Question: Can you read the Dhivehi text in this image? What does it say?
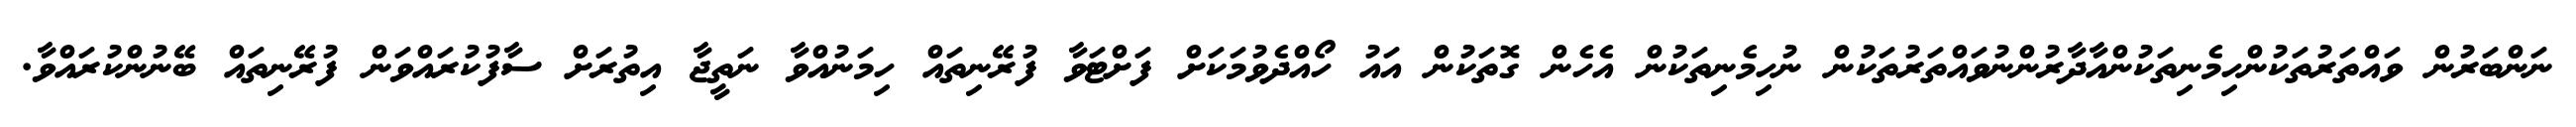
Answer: ނަންބަރުން ވައްތަރުތަކުންހިމެނިތަކުންއާދާރުންނުވައްތަރުތަކުން ނުހިމެނިތަކުން އެހެން ގޮތަކުން އައު ހޯއްދެވުމަކަށް ފަށްޓަވާ ފުރޭނިތައް ހިމަނުއްވާ ނަތީޖާ އިތުރަށް ސާފުކުރައްވަން ފުރޭނިތައް ބޭނުންކުރައްވާ.